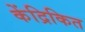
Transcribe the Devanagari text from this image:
केंद्रिकित